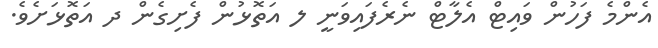
އެންމެ ފަހުން ވައިޓް އެލާޓް ނެރެފައިވަނީ ލ އަތޮޅުން ފެށިގެން ދ އަތޮޅަށެވެ.